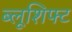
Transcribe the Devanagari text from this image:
ब्लूशिफ्ट